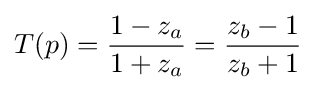
T(p)={\frac {1-z_{a}}{1+z_{a}}}={\frac {z_{b}-1}{z_{b}+1}}